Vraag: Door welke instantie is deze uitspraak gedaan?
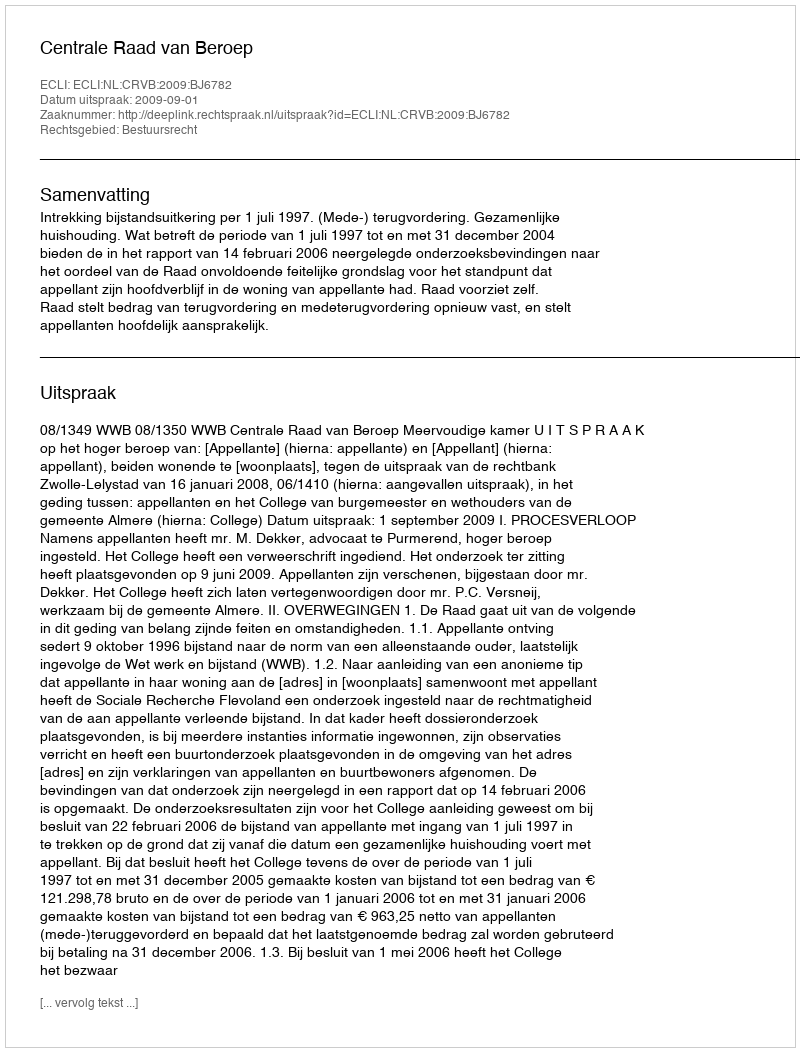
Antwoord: Centrale Raad van Beroep